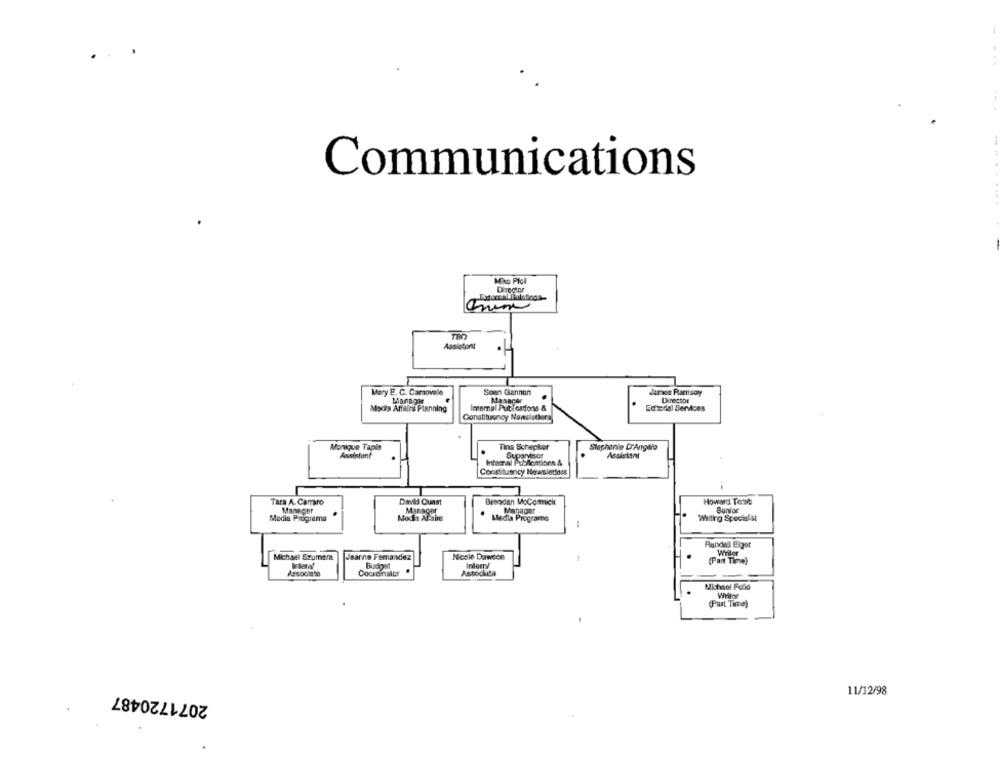
Communications
Miko Pfoll
Mary E. C. Camovale
Soen Gannon
Juros Ramsay
Manager
Masacer
.
Director
Mocha Affairs Planning
Incemal Putications &
Echtorial Services
Constituency Nowalathers
Monique Tapla
Tina Schepker
Stephanie D'Angelo
Assistant
InteerIN Poblomtionn &
Tara A. Camaro
David Quast
Brendan McCormick
Howard Toweb
Manager
Manager
Manager
Media Programa
ModEt Al aire
Media Programs
Willing Specialist
Runda Eiger
Michael Szumera
Jearne Femandez
Nicole Dawson
Writer
Buchst
Intony
(Part Time)
Coordinator .
Associata
Michael Folio
(Part Time)
2071720487
11/12/98